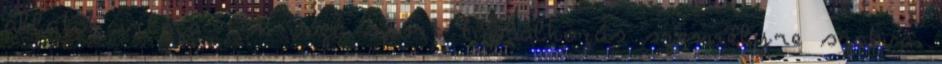
állatok világa 1. Jóga sport táplálkozás személyre szabva.